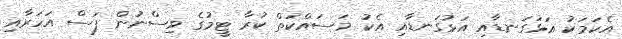
އެކަމަކު އަޅުގަނޑާއި އަޅުގަނޑާއި އެކު މަސައްކަތް ކުރާ ޓީމުގެ ވިސްނުން ފަސް އަހަރާއި